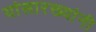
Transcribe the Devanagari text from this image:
यांसारख्यांनी